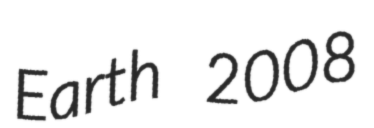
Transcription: Earth 2008